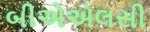
બીએએલસી